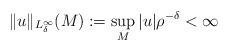
LaTeX: \begin{align*}\|u\|_{L^\infty_\delta}(M) := \sup_M |u|\rho^{-\delta} <\infty\end{align*}